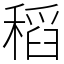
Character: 稻